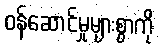
ဝန်ဆောင်မှုများစွာကို